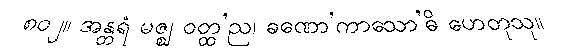
၈၀၂။ အန္တရံ မဇ္ဈ ဝတ္ထ’ည၊ ခဏော’ကာသော’ဓိ ဟေတုသု။